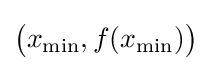
{\bigl (}x_{\min },f(x_{\min }){\bigr )}